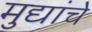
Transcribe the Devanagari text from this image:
मुद्यांचे